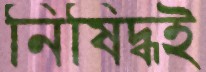
নিষিদ্ধই